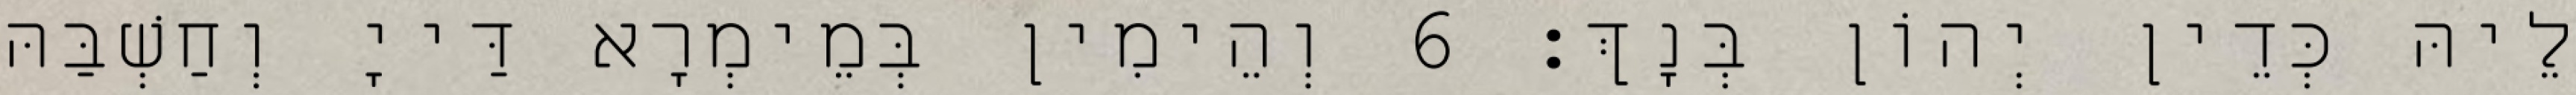
לֵיהּ כְּדֵין יְהוֹן בְּנָךְ׃ 6 וְהֵימִין בְּמֵימְרָא דַּייָ וְחַשְׁבַּהּ